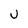
Character: U